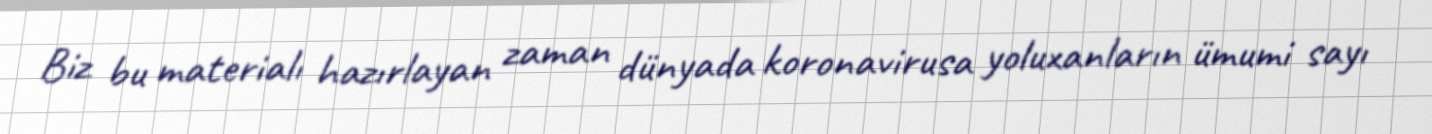
Biz bu materialı hazırlayan zaman dünyada koronavirusa yoluxanların ümumi sayı